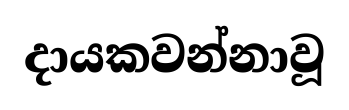
දායකවන්නාවූ